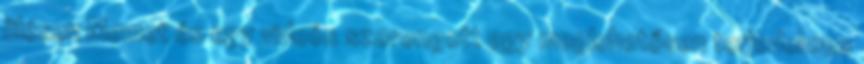
ülésen Memet és egy videós szorongott egy meglehetősen terjedelmes